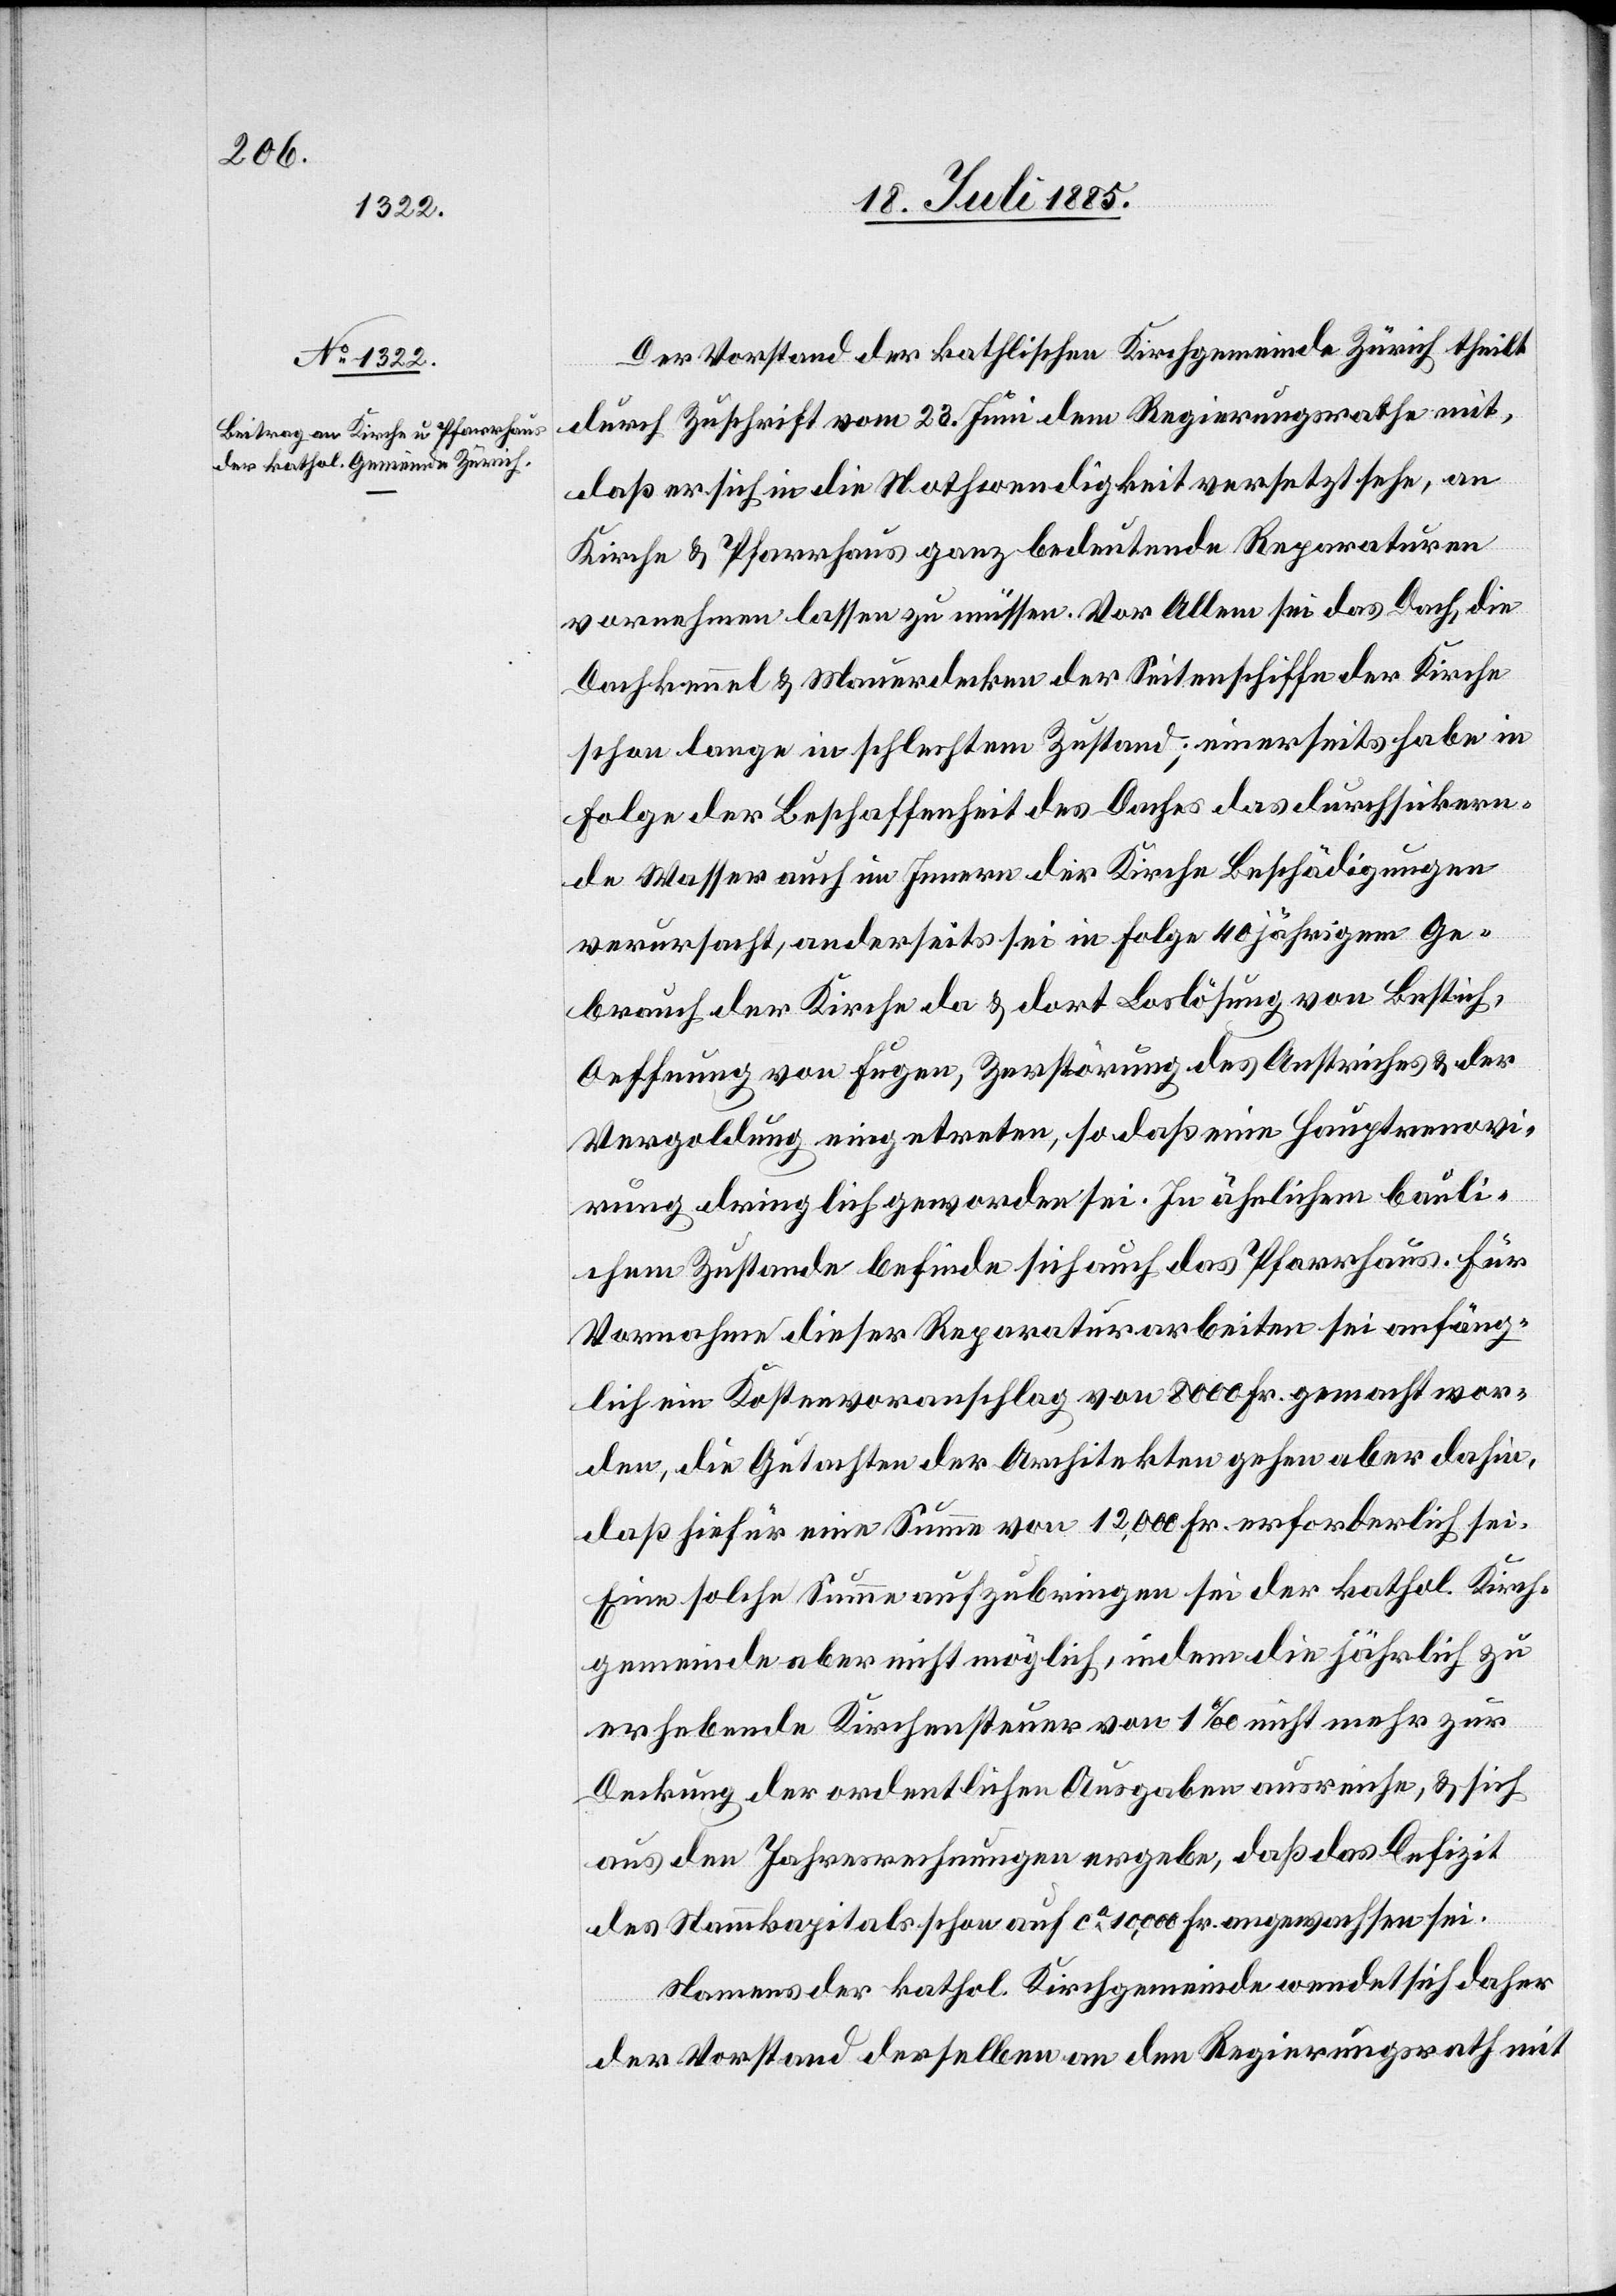
Der Vorstand der katholischen Kirchgemeinde Zürich theilt
durch Zuschrift vom 23. Juni dem Regierungsrathe mit,
daß er sich in die Nothwendigkeit versetzt sehe, an
Kirche & Pfarrhaus ganz bedeutende Reparaturen
vornehmen lassen zu müssen. Vor Allem sei das Dach, die
Dachkennel & Mauerdecken der Seitenschiffe der Kirche
schon lange in schlechtem Zustand; einerseits habe in
Folge der Beschaffenheit des Daches das durchsickern¬
de Wasser auch im Innern der Kirche Beschädigungen
verursacht, anderseits sei in Folge 40jährigem Ge¬
brauch der Kirche da & dort Loslösung von Bestich,
Oeffnung von Fugen, Zerstörung des Anstriches & der
Vergoldung eingetreten, so daß eine Hauptrenovi¬
rung dringlich geworden sei. In ähnlichem bauli¬
chem Zustand befinde sich auch das Pfarrhaus. Für
Vornahme dieser Reparaturarbeiten sei anfäng¬
lich ein Kostenvoranschlag von 8000 Fr. gemacht wor¬
den, die Gutachten der Architekten gehen aber dahin,
daß hiefür eine Summe von 12,000 Fr. erforderlich sei.
Eine solche Summe aufzubringen sei der kathol. Kirch¬
gemeinde aber nicht möglich, indem die jährlich zu
erhebende Kirchensteuer von 1‰ nicht mehr zur
Deckung der ordentlichen Ausgaben ausreiche, & sich
aus den Jahresrechnungen ergebe, daß das Defizit
des Stammkapitals schon auf ca 10,000 Fr. angewachsen sei.
Namens der kathol. Kirchgemeinde wende sich daher
der Vorstand derselben an den Regierungsrath mit